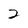
Character: 2